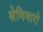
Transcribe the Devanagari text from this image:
सेमिनारो